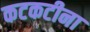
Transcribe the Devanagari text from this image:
कटकटीना